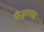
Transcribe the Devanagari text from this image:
फैजुल्लाह